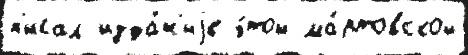
п'исал изда́н'иjе э́той ма́ртовской